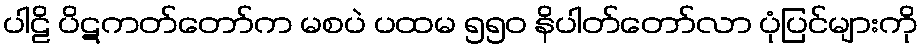
ပါဠိ ပိဋကတ်တော်က မစပဲ ပထမ ၅၅၀ နိပါတ်တော်လာ ပုံပြင်များကို